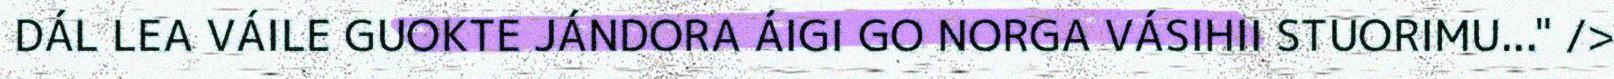
DÁL LEA VÁILE GUOKTE JÁNDORA ÁIGI GO NORGA VÁSIHII STUORIMU..." />